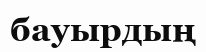
бауырдың